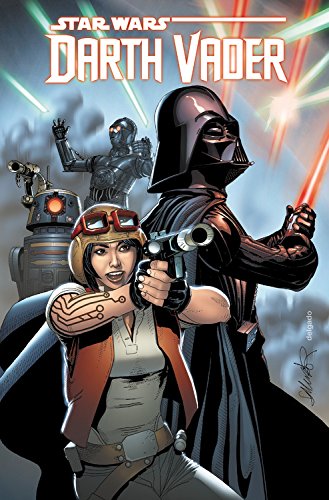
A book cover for Star Wars: Darth Vader Vol. 2: Shadows and Secrets; Kieron Gillen; Comics & Graphic Novels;